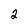
Character: 2